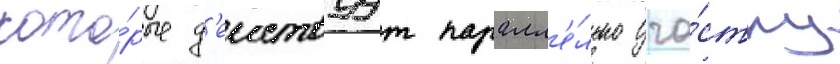
кото́рые д'еиствуут паралл'е́льно уча́стку